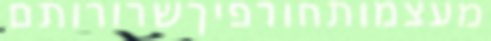
מעצמותחורפיךשרורותם